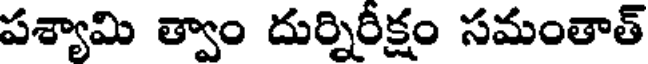
పశ్యామి త్వాం దుర్నిరీక్షం సమంతాత్